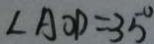
\angle A O D = 3 5 ^ { \circ }